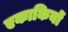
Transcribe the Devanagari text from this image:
एकाकियों